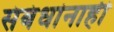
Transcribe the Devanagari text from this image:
संबंधांनाही